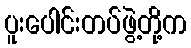
ပူးပေါင်းတပ်ဖွဲ့တို့က